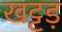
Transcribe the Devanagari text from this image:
खट्टड़